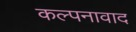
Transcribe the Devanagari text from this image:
कल्पनावाद